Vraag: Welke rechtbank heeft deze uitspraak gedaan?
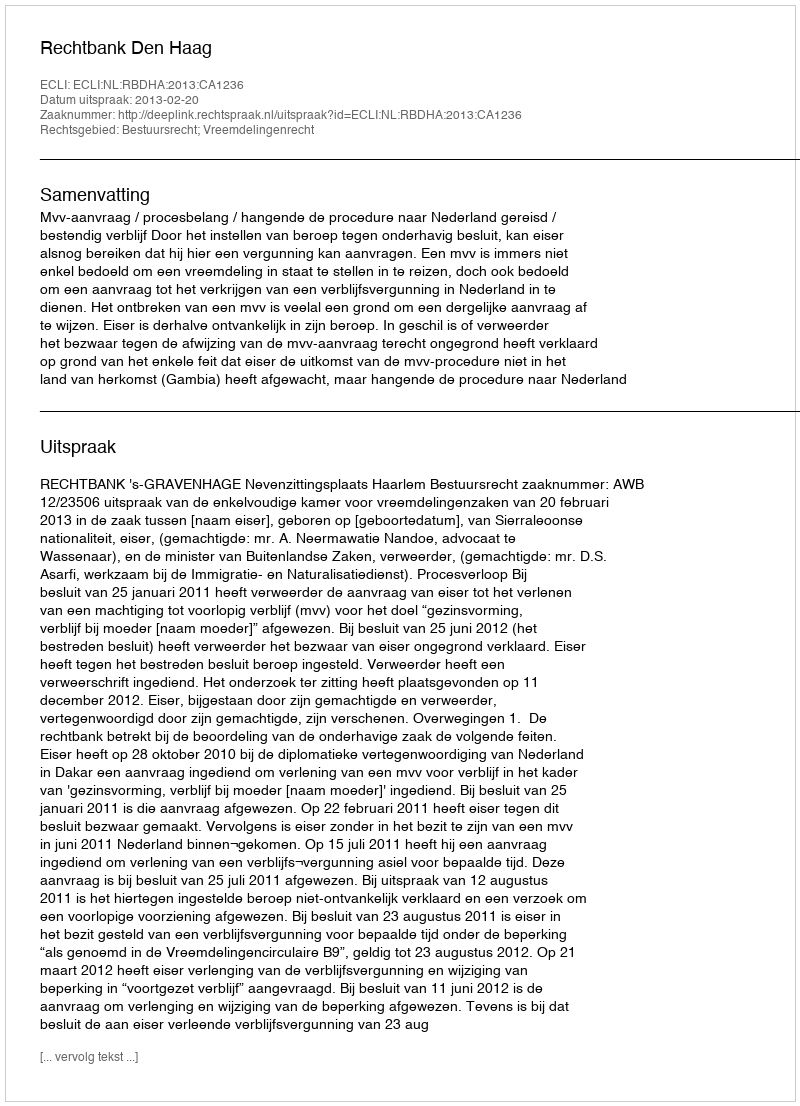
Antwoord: Rechtbank Den Haag